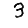
Digit: 3